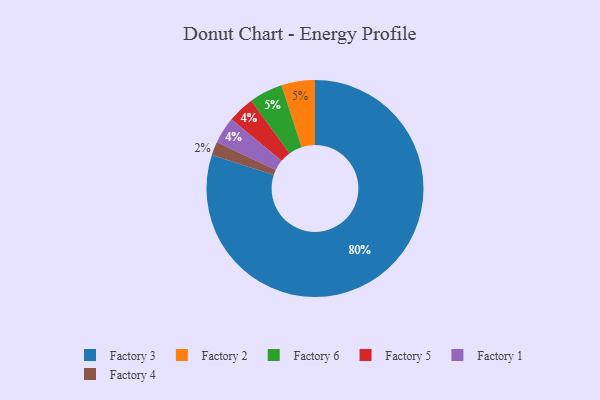
{"axis": {"x": "Category", "y": "Percentage"}, "legend": ["Factory 1", "Factory 2", "Factory 3", "Factory 4", "Factory 5", "Factory 6"], "data": [{"x": "Factory 5", "y": 4, "type": "Factory 5"}, {"x": "Factory 1", "y": 4, "type": "Factory 1"}, {"x": "Factory 2", "y": 5, "type": "Factory 2"}, {"x": "Factory 4", "y": 2, "type": "Factory 4"}, {"x": "Factory 6", "y": 5, "type": "Factory 6"}, {"x": "Factory 3", "y": 80, "type": "Factory 3"}]}